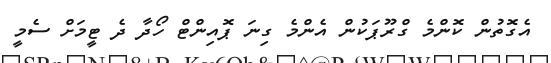
އެގޮތުން ކޮންމެ ގްރޫޕަކުން އެންމެ ގިނަ ޕޮއިންޓް ހޯދާ ދެ ޓީމަށް ސެމީ